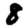
Digit: 8